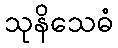
သုနိသေဓံ